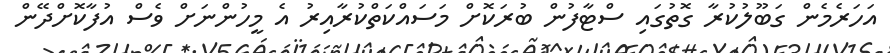
އަހަރެމެން ގަބޫލުކުރާ ގޮތުގައި ސްޓާފުން ބުރަކޮށް މަސައްކަތްކުރާއިރު އެ މީހުންނަށް ވެސް އުފާކޮށްދޭން